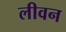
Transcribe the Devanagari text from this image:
लीवन